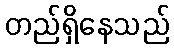
တည်ရှိနေသည်